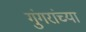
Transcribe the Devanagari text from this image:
गुंगरांच्या